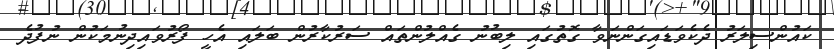
ކައުންސިލަރު ދެކެވަޑައިގަންނަވާ ގޮތުގައި ލިބުނު ގެއްލުންތައް ސަރުކާރުން ބަލައި އެހީ ފޯރުވައިދިނުމަކުން ނުފުދެ